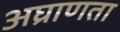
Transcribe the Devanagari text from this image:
अघ्राणता